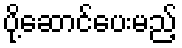
ပို့ဆောင်ပေးမည့်